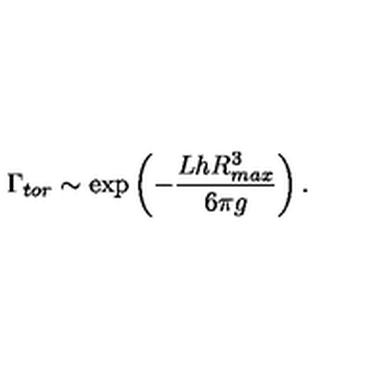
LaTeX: \Gamma _ { t o r } \sim \exp \left( - { \frac { L h R _ { m a x } ^ { 3 } } { 6 \pi g } } \right) .